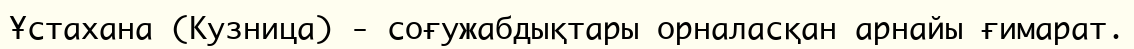
Ұстахана (Кузница) - соғужабдықтары орналасқан арнайы ғимарат.